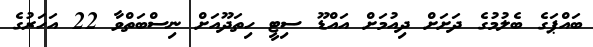
ބައްޕަގެ ބެލުމުގެ ދަށަށް ދިއުމަށް އައްޑޫ ސިޓީ ހިތަދޫއަށް ނިސްބަތްވާ 22 އަހަރުގެ